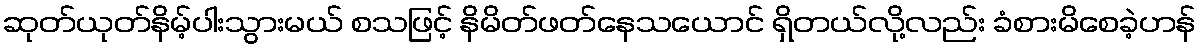
ဆုတ်ယုတ်နိမ့်ပါးသွားမယ် စသဖြင့် နိမိတ်ဖတ်နေသယောင် ရှိတယ်လို့လည်း ခံစားမိစေခဲ့ဟန်